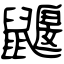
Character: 鼴